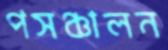
পসঞ্চালন